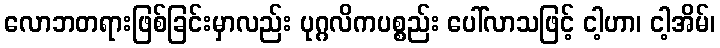
လောဘတရားဖြစ်ခြင်းမှာလည်း ပုဂ္ဂလိကပစ္စည်း ပေါ်လာသဖြင့် ငါ့ဟာ၊ ငါ့အိမ်၊